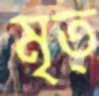
মৃত্